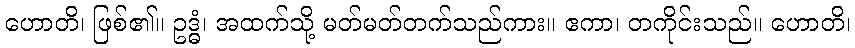
ဟောတိ၊ ဖြစ်၏။ ဥဒ္ဓံ၊ အထက်သို့ မတ်မတ်တက်သည်ကား။ ဧကာ၊ တကိုင်းသည်။ ဟောတိ၊